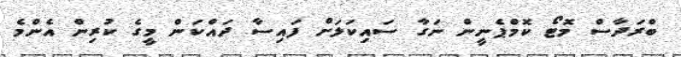
ބްރަދާސް މޮޓޯ ކޮމްޕެނީން ނަގާ ސައިކަލަށް ފައިސާ ދައްކަން މީގެ ކުރިން އެންމެ